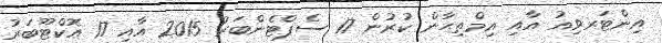
އިންޓަރވިއު އާއި އިމްތިޙާން ކުރުން 17 ސެޕްޓެންބަރު 2015 އާއި 17 އޮކްޓޫބަރު